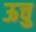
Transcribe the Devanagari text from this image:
ऊचु